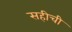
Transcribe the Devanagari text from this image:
सहीची